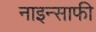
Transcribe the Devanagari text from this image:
नाइन्साफी